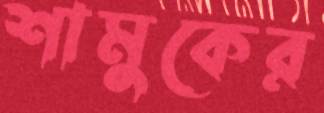
শামুকের